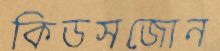
কিডসজোন